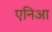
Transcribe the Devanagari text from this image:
एनिआ